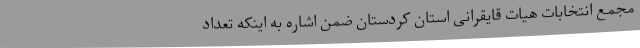
مجمع انتخابات هیات قایقرانی استان کردستان ضمن اشاره به اینکه تعداد